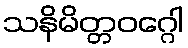
သနိမိတ္တဝဂ္ဂေါ